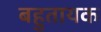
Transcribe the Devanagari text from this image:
बहुतायक